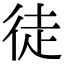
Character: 徒